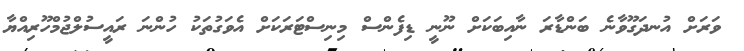
ވަރަށް އުނދަގޫވާނެ ބަންޑާރަ ނާއިބަކަށް ނޫނީ ޑިފެންސް މިނިސްޓަރަކަށް އެވަގުތަކު ހުންނަ ރައީސުލްޖުމްހޫރިއްޔާ